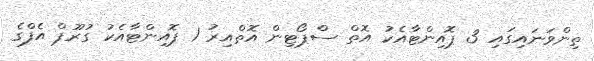
ތިންވަނައިގައި 3 ޕޮއިންޓާއެކު އޮތް ސްޕޯޓިން އޮތްއިރު 1 ޕޮއިންޓާއެކު ގުރޫޕް އެފްގެ